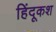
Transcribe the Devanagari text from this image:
हिंदूकश